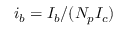
i _ { b } = I _ { b } / ( N _ { p } I _ { c } )